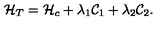
{ \cal H } _ { T } = { \cal H } _ { c } + \lambda _ { 1 } { \cal C } _ { 1 } + \lambda _ { 2 } { \cal C } _ { 2 } .